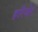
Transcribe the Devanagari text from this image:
हरिमोर